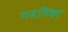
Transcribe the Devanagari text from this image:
गमनिका